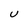
Character: U